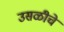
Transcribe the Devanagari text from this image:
उसळीचे